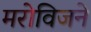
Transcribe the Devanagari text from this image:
मरोविजने